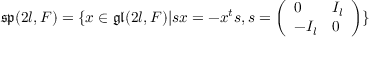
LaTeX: { \mathfrak { s p } } ( 2 l , F ) = \{ x \in { \mathfrak { g l } } ( 2 l , F ) | s x = - x ^ { t } s , s = { \left( \begin{array} { l l } { 0 } & { I _ { l } } \\ { - I _ { l } } & { 0 } \end{array} \right) } \}